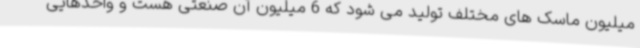
میلیون ماسک های مختلف تولید می شود که 6 میلیون آن صنعتی هست و واحدهایی